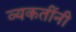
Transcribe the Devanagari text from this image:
व्यकतींनी